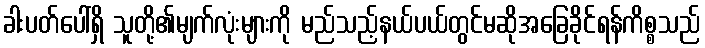
ခါးပတ်ပေါ်ရှိ သူတို့၏မျက်လုံးများကို မည်သည့်နယ်ပယ်တွင်မဆိုအခြေခိုင်ရန်ကိစ္စသည်